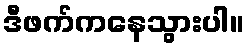
ဒီဖက်ကနေသွားပါ။